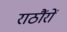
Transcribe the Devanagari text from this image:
राठौंरों